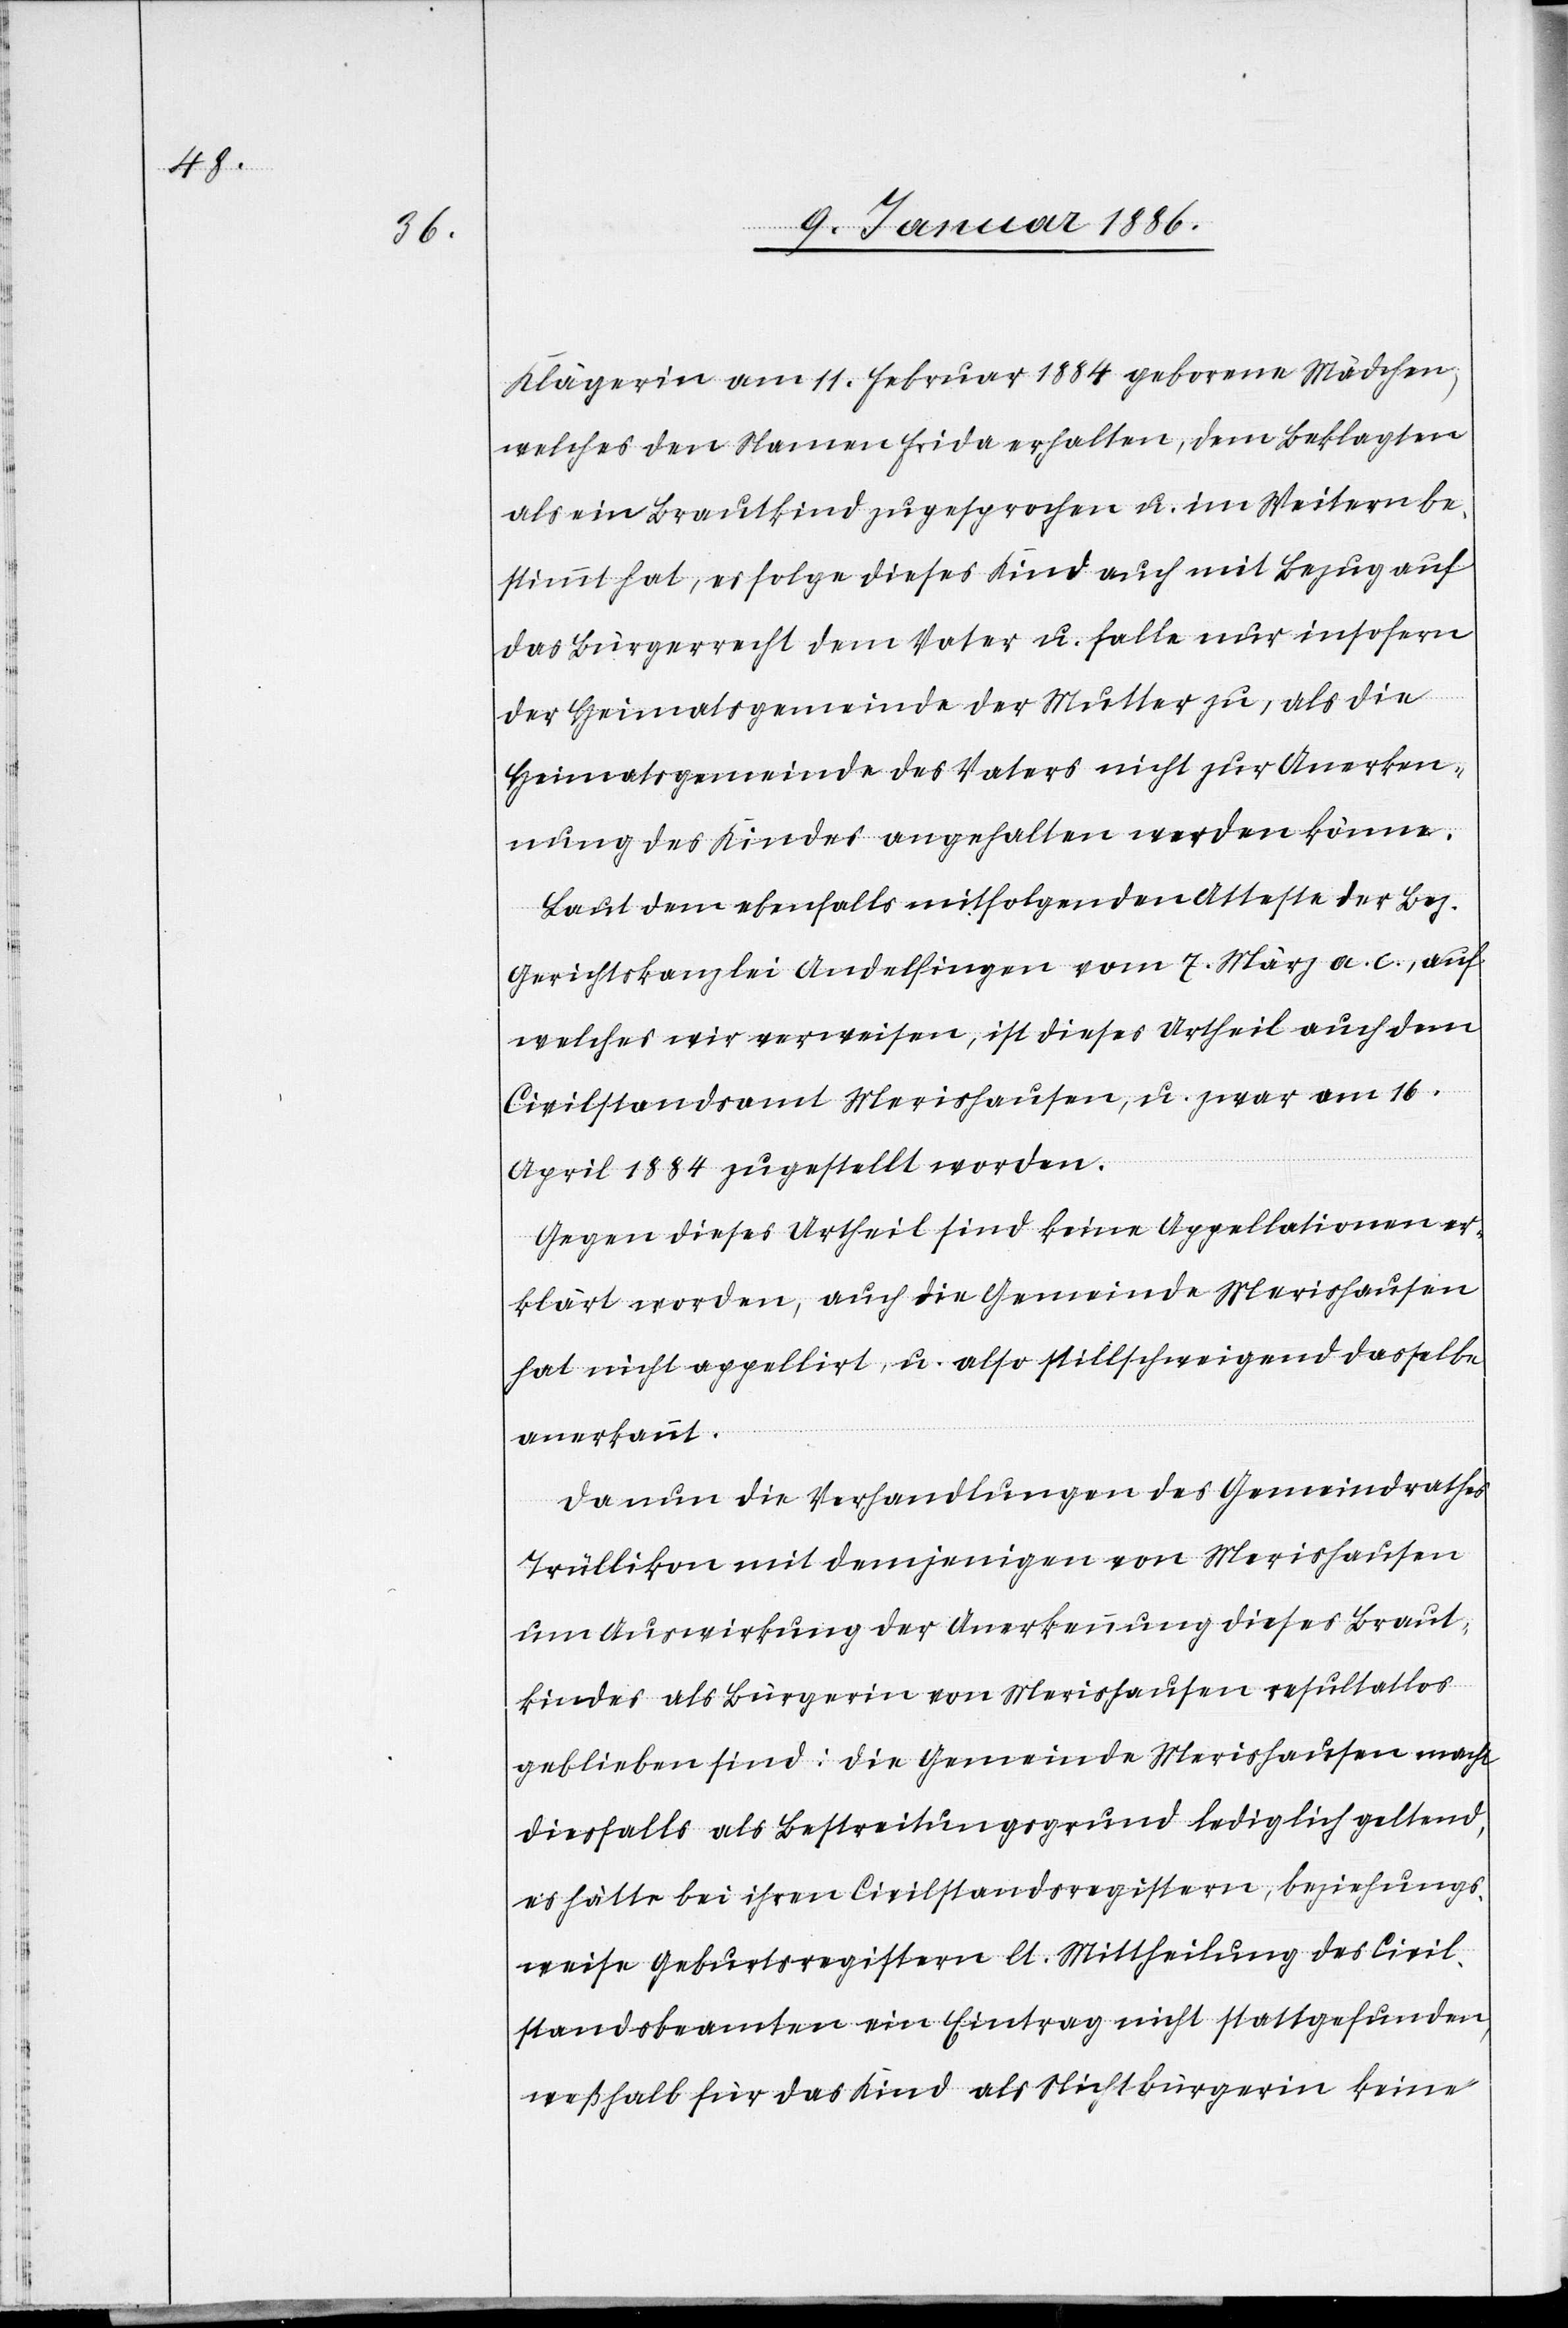
Klägerin am 11. Februar 1884 geborene Mädchen,
welches den Namen Frida erhalten, dem Beklagten
als ein Brautkind zugesprochen u. im Weiteren be¬
stimmt hat, es folge dieses Kinde auch mit Bezug auf
das Bürgerrecht dem Vater u. falle nur insofern
der Heimatgemeinde der Mutter zu, als die
Heimatgemeinde des Vaters nicht zur Anerken¬
nung des Kindes angehalten werden könne.
Laut dem ebenfalls mitfolgenden Atteste der Bez.
Gerichtskanzlei Andelfingen vom 7. März a. c, auf
welches wir verweisen, ist dieses Urtheil auch dem
Civilstandsamt Merishausen, u. zwar am 16.
April 1884 zugestellt worden.
Gegen dieses Urtheil sind keine Appellationen er¬
klärt worden, auch die Gemeinde Merishausen
hat nicht appellirt, u. also stillschweigend dasselbe
anerkannt.
Da nun die Verhandlungen des Gemeindrathes
Trüllikon mit demjenigen von Merishausen
um Auswirkungen der Anerkennung dieses Braut¬
kindes als Bürgerin von Merishausen resultatlos
geblieben sind: die Gemeinde Merishausen machte
diesfalls als Bestreitungsgrund lediglich geltend,
es hätte bei ihren Civilstandsregistern, beziehungs¬
weise Geburtsregistern lt. Mittheilung des Civil¬
standsbeamten ein Eintrag nicht stattgefunden,
weßhalb für das Kind als Nichtbürgerin keine